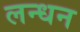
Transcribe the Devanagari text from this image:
लन्धन